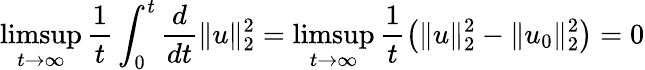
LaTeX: \operatorname*{limsup}_{t\to\infty}\frac{1}{t}\int_{0}^{t}\frac{d}{dt}\| u\| _{2}^{2}=\operatorname*{limsup}_{t\to\infty}\frac{1}{t}\left(\| u\| _{2}^{2}-\| u_{0}\| _{2}^{2}\right)=0